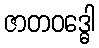
ဇာတဝဒ္ဓေါ